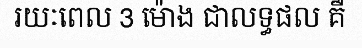
រយៈពេល 3 ម៉ោង ជាលទ្ធផល គឺ